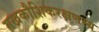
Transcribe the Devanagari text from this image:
मखकौशिकरक्षणस्य